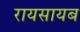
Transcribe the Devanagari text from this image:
रायसायब